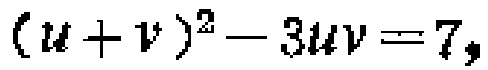
\((u + v)^2 - 3uv = 7,\)